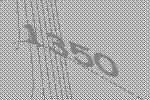
1350